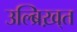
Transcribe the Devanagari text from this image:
उल्ब्रिख़्त